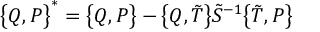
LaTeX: \bigl \{ Q , P \bigr \} ^ { \ast } = \bigl \{ Q , P \bigr \} - \bigl \{ Q , \tilde { T } \bigr \} \tilde { S } ^ { - 1 } \bigl \{ \tilde { T } , P \bigr \}